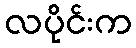
လပိုင်းက